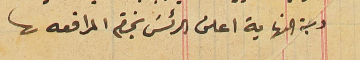
دجة النهاية اعلن الرئسَ بختم المرافعه.